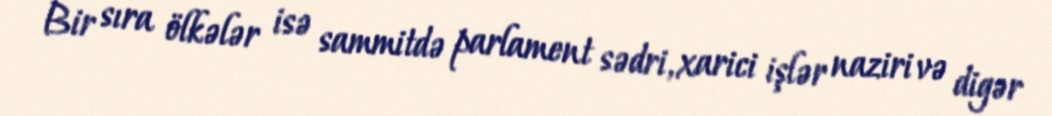
Bir sıra ölkələr isə sammitdə parlament sədri, xarici işlər naziri və digər